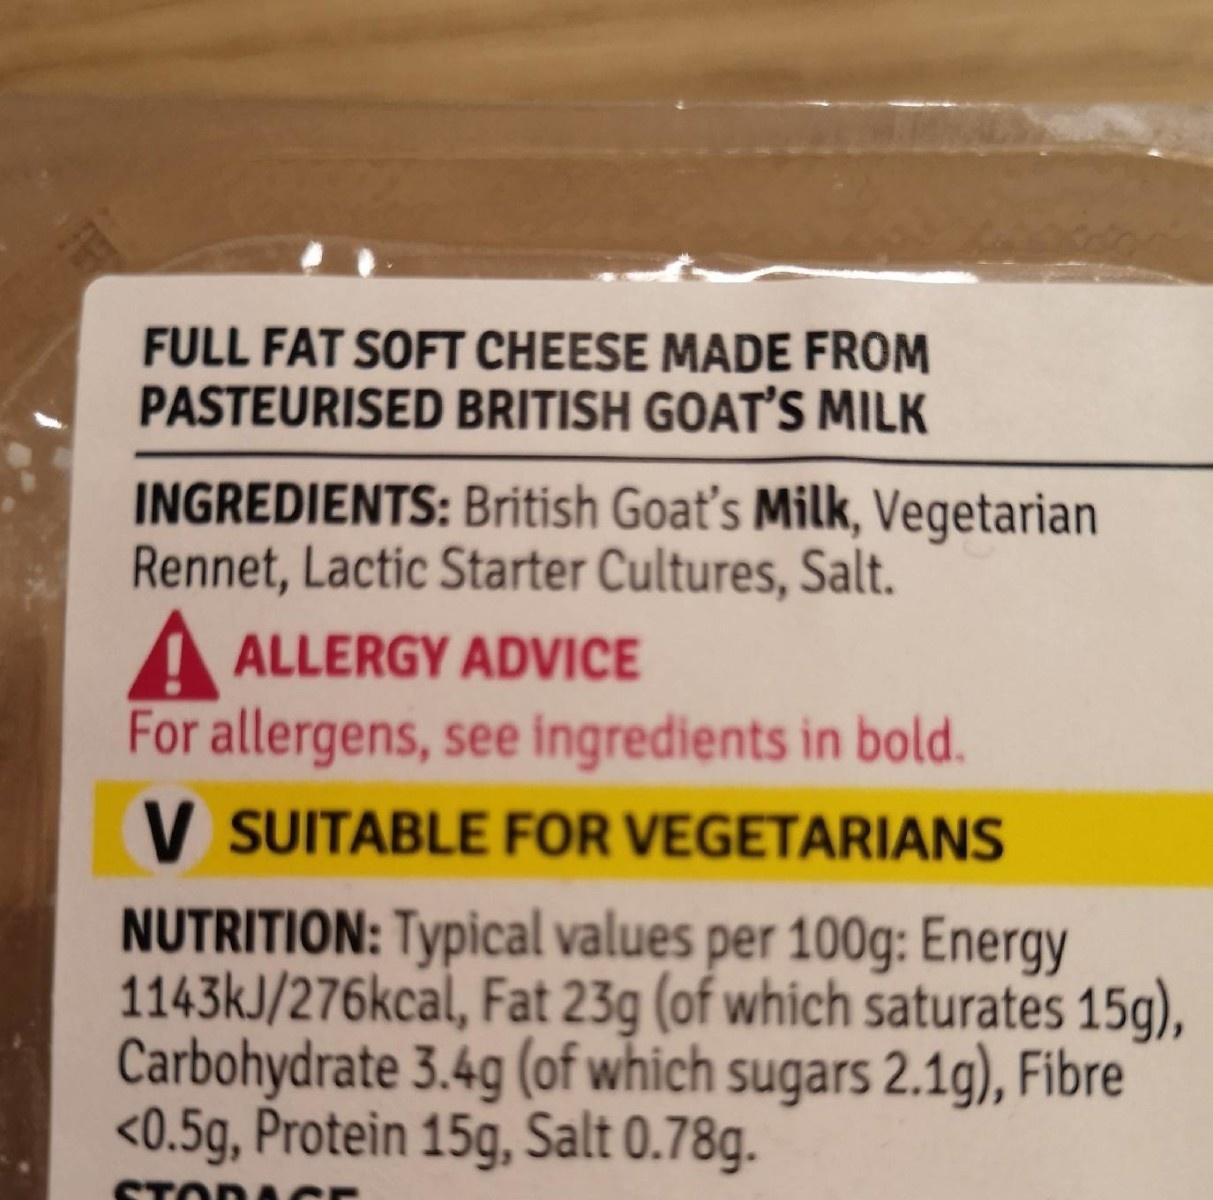
FULL FAT SOFT CHEESE MADE FROM PASTEURISED BRITISH GOAT'S MILK INGREDIENTS: British Goat's Milk, Vegetarian Rennet, Lactic Starter Cultures, Salt. A ALLERGY ADVICE For allergens, see ingredients in bold. V SUITABLE FOR VEGETARIANS NUTRITION: Typical values per 100g: Energy 1143kJ/276kcal, Fat 23g (of which saturates 15g), Carbohydrate 3.4g (of which sugars 2.1g), Fibre <0.5g, Protein 15g, Salt 0.78g.